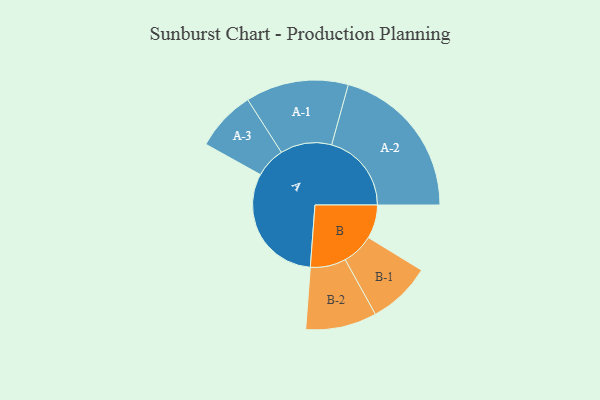
{"axis": {"x": "Segment", "y": "Value"}, "legend": ["", "A", "B"], "data": [{"x": "A", "y": 442, "type": ""}, {"x": "B", "y": 121, "type": ""}, {"x": "A-1", "y": 185, "type": "A"}, {"x": "A-2", "y": 287, "type": "A"}, {"x": "A-3", "y": 109, "type": "A"}, {"x": "B-1", "y": 114, "type": "B"}, {"x": "B-2", "y": 128, "type": "B"}]}